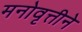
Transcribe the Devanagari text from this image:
मनोवृत्तीने